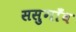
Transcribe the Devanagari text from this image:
ससुगाँव